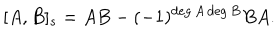
[ A , B ] _ { s } = A B - ( - 1 ) ^ { \deg A \deg B } B A .